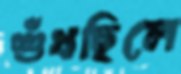
শুঁখছিলে